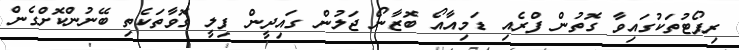
ރިޕޯޓުތަކުގައިވާ ގޮތުން ފްރެއި ޑަމިއާއޯ ބޮޒާނޯ ޖަލުން ގައިދީން ފިލީ ގޮވާތަކެތި ބޭނުންކޮށްގެން